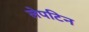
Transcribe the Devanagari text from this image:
लेपटिन